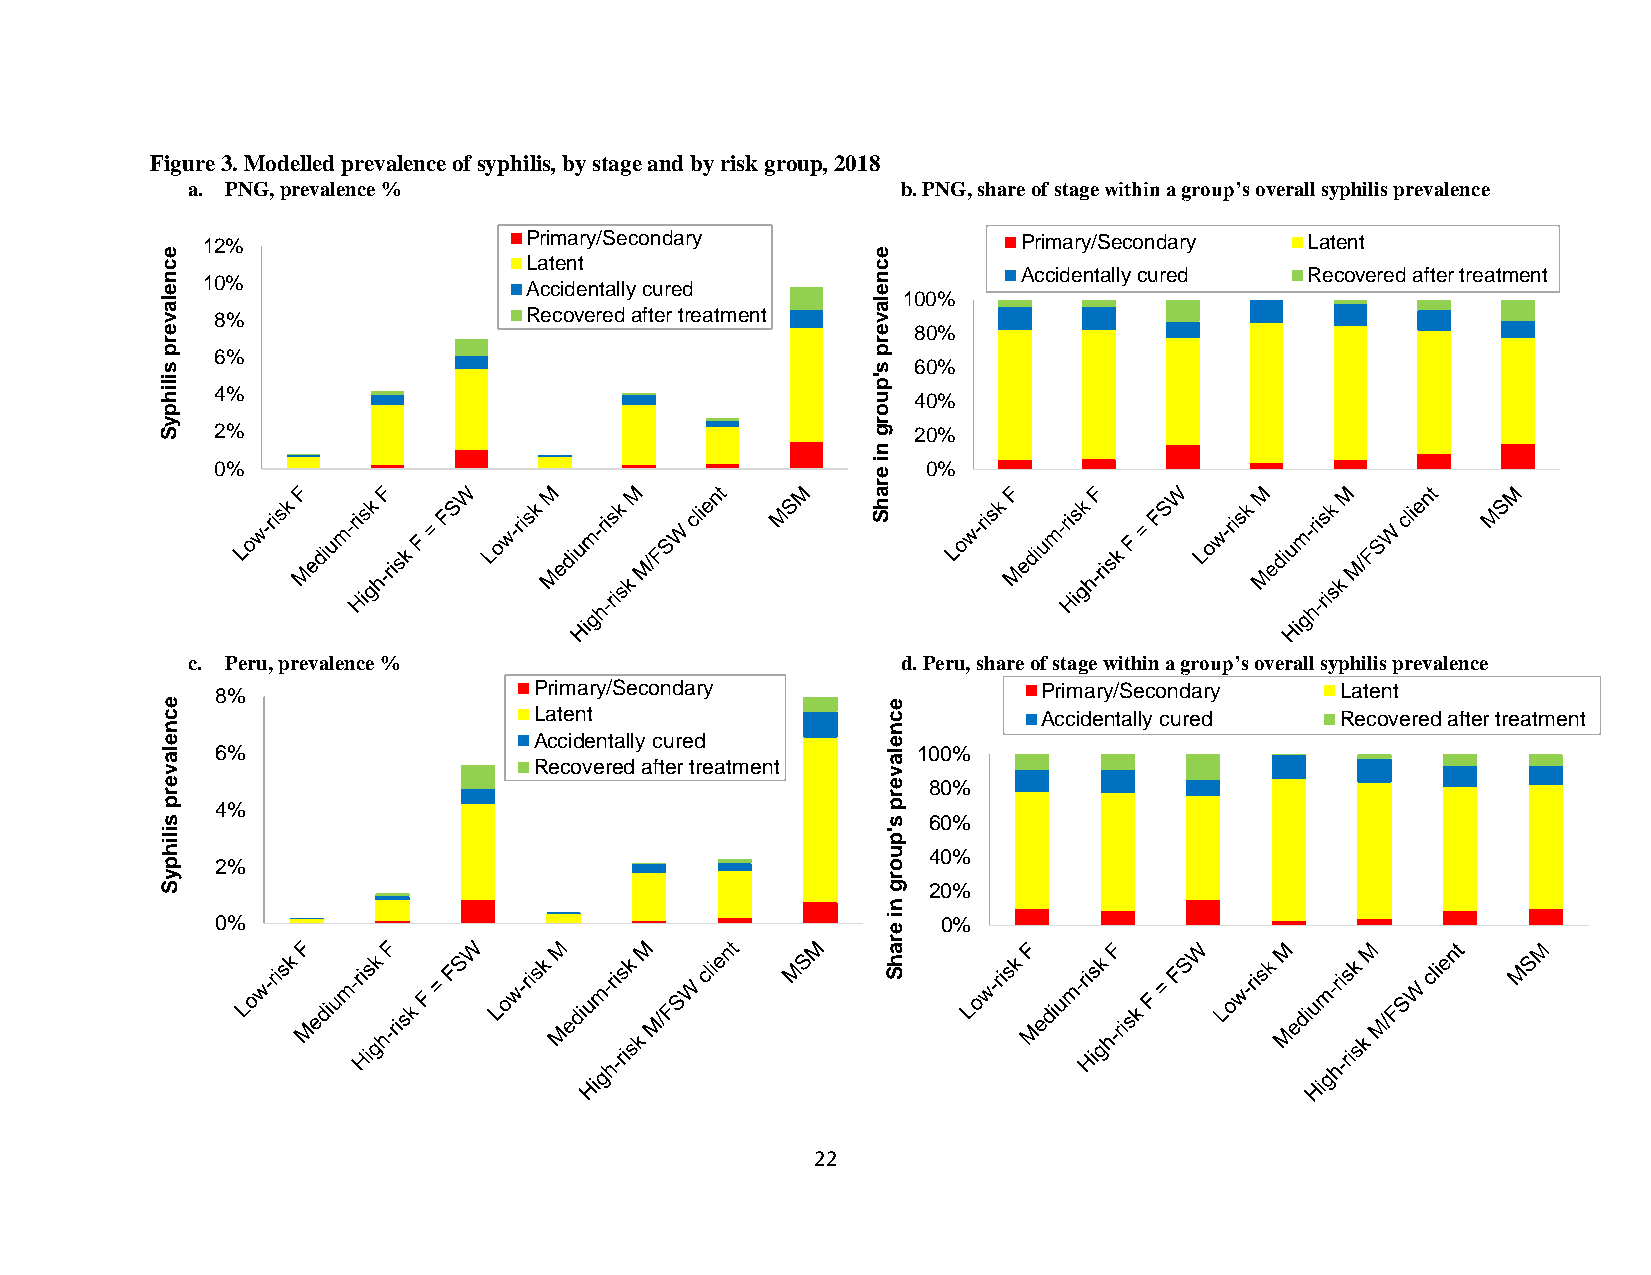
Figure 3. Modelled prevalence of syphilis, by stage and by risk group, 2018
 a. PNG, prevalence %                            b. PNG, share of stage within a group’s overall syphilis prevalence
 12%                   Primary/Secondary                Primary/Secondary Latent
 e                                              e
 c                       Latent                 c
 n 10%                                          n         Accidentally cured Recovered after treatment
 e                       Accidentally cured     e
 la
 v  8%                   Recovered after treatment
 la
 v
 100%
 e                                              e 80%
 r                                              r
 p  6%                                          p
 s                                              s 60%
 ilih
 4%
 'p
 u 40%
 p                                              o
 y                                              r
 S  2%                                          g 20%
 n
 0%                                          i e 0%
 r
 a
 h
 S
 c. Peru, prevalence %                           d. Peru, share of stage within a group’s overall syphilis prevalence
 8%                   Primary/Secondary                 Primary/Secondary   Latent
 e c                     Latent                  e c       Accidentally cured  Recovered after treatment
 n                                               n
 e                       Accidentally cured      e
 la
 v
 6%
 Recovered after treatment
 la
 v
 100%
 e                                               e 80%
 r                                               r
 p  4%                                           p
 s                                               s 60%
 ilih                                            'p
 u 40%
 p  2%                                           o
 y                                               r
 S                                               g 20%
 n
 0%                                           i e 0%
 r
 a
 h
 S
 22